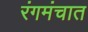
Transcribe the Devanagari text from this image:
रंगमंचात